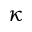
\kappa